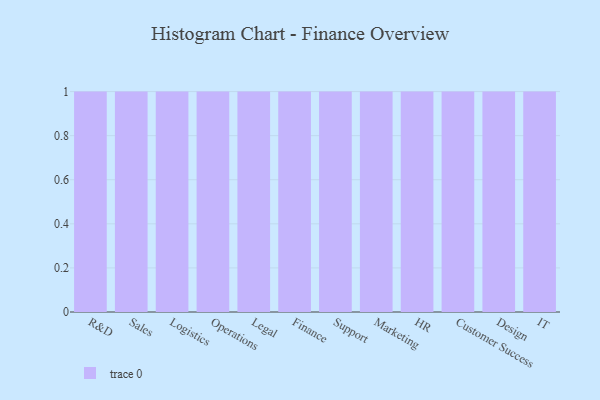
{"axis": {"x": "Department", "y": "Website Visitors"}, "legend": [""], "data": [{"x": "R&D", "y": 88, "type": ""}, {"x": "Sales", "y": 75, "type": ""}, {"x": "Logistics", "y": 13, "type": ""}, {"x": "Operations", "y": 31, "type": ""}, {"x": "Legal", "y": 76, "type": ""}, {"x": "Finance", "y": 60, "type": ""}, {"x": "Support", "y": 70, "type": ""}, {"x": "Marketing", "y": 31, "type": ""}, {"x": "HR", "y": 27, "type": ""}, {"x": "Customer Success", "y": 97, "type": ""}, {"x": "Design", "y": 36, "type": ""}, {"x": "IT", "y": 15, "type": ""}]}